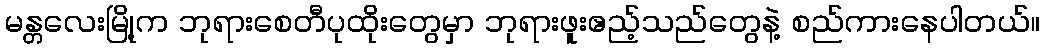
မန္တလေးမြို့က ဘုရားစေတီပုထိုးတွေမှာ ဘုရားဖူးဧည့်သည်တွေနဲ့ စည်ကားနေပါတယ်။